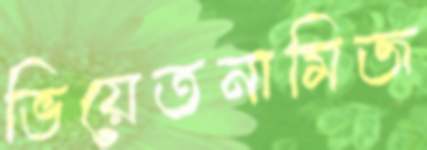
ভিয়েতনামিজ